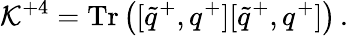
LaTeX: {\cal K}^{+4}=\mathrm{Tr}\left([\tilde{q}^{+},q^{+}][\tilde{q}^{+},q^{+}]\right)\, .